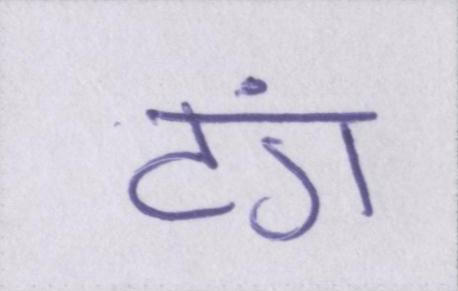
टंग